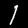
Digit: 1